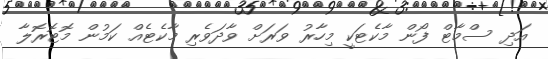
އަދި ސްމާޓް ފޯން މާކެޓަކީ މިހާރު ވަރަށް ވާދަވެރި މާކެޓެއް ކަމުން މޮޓޮރޮލާ